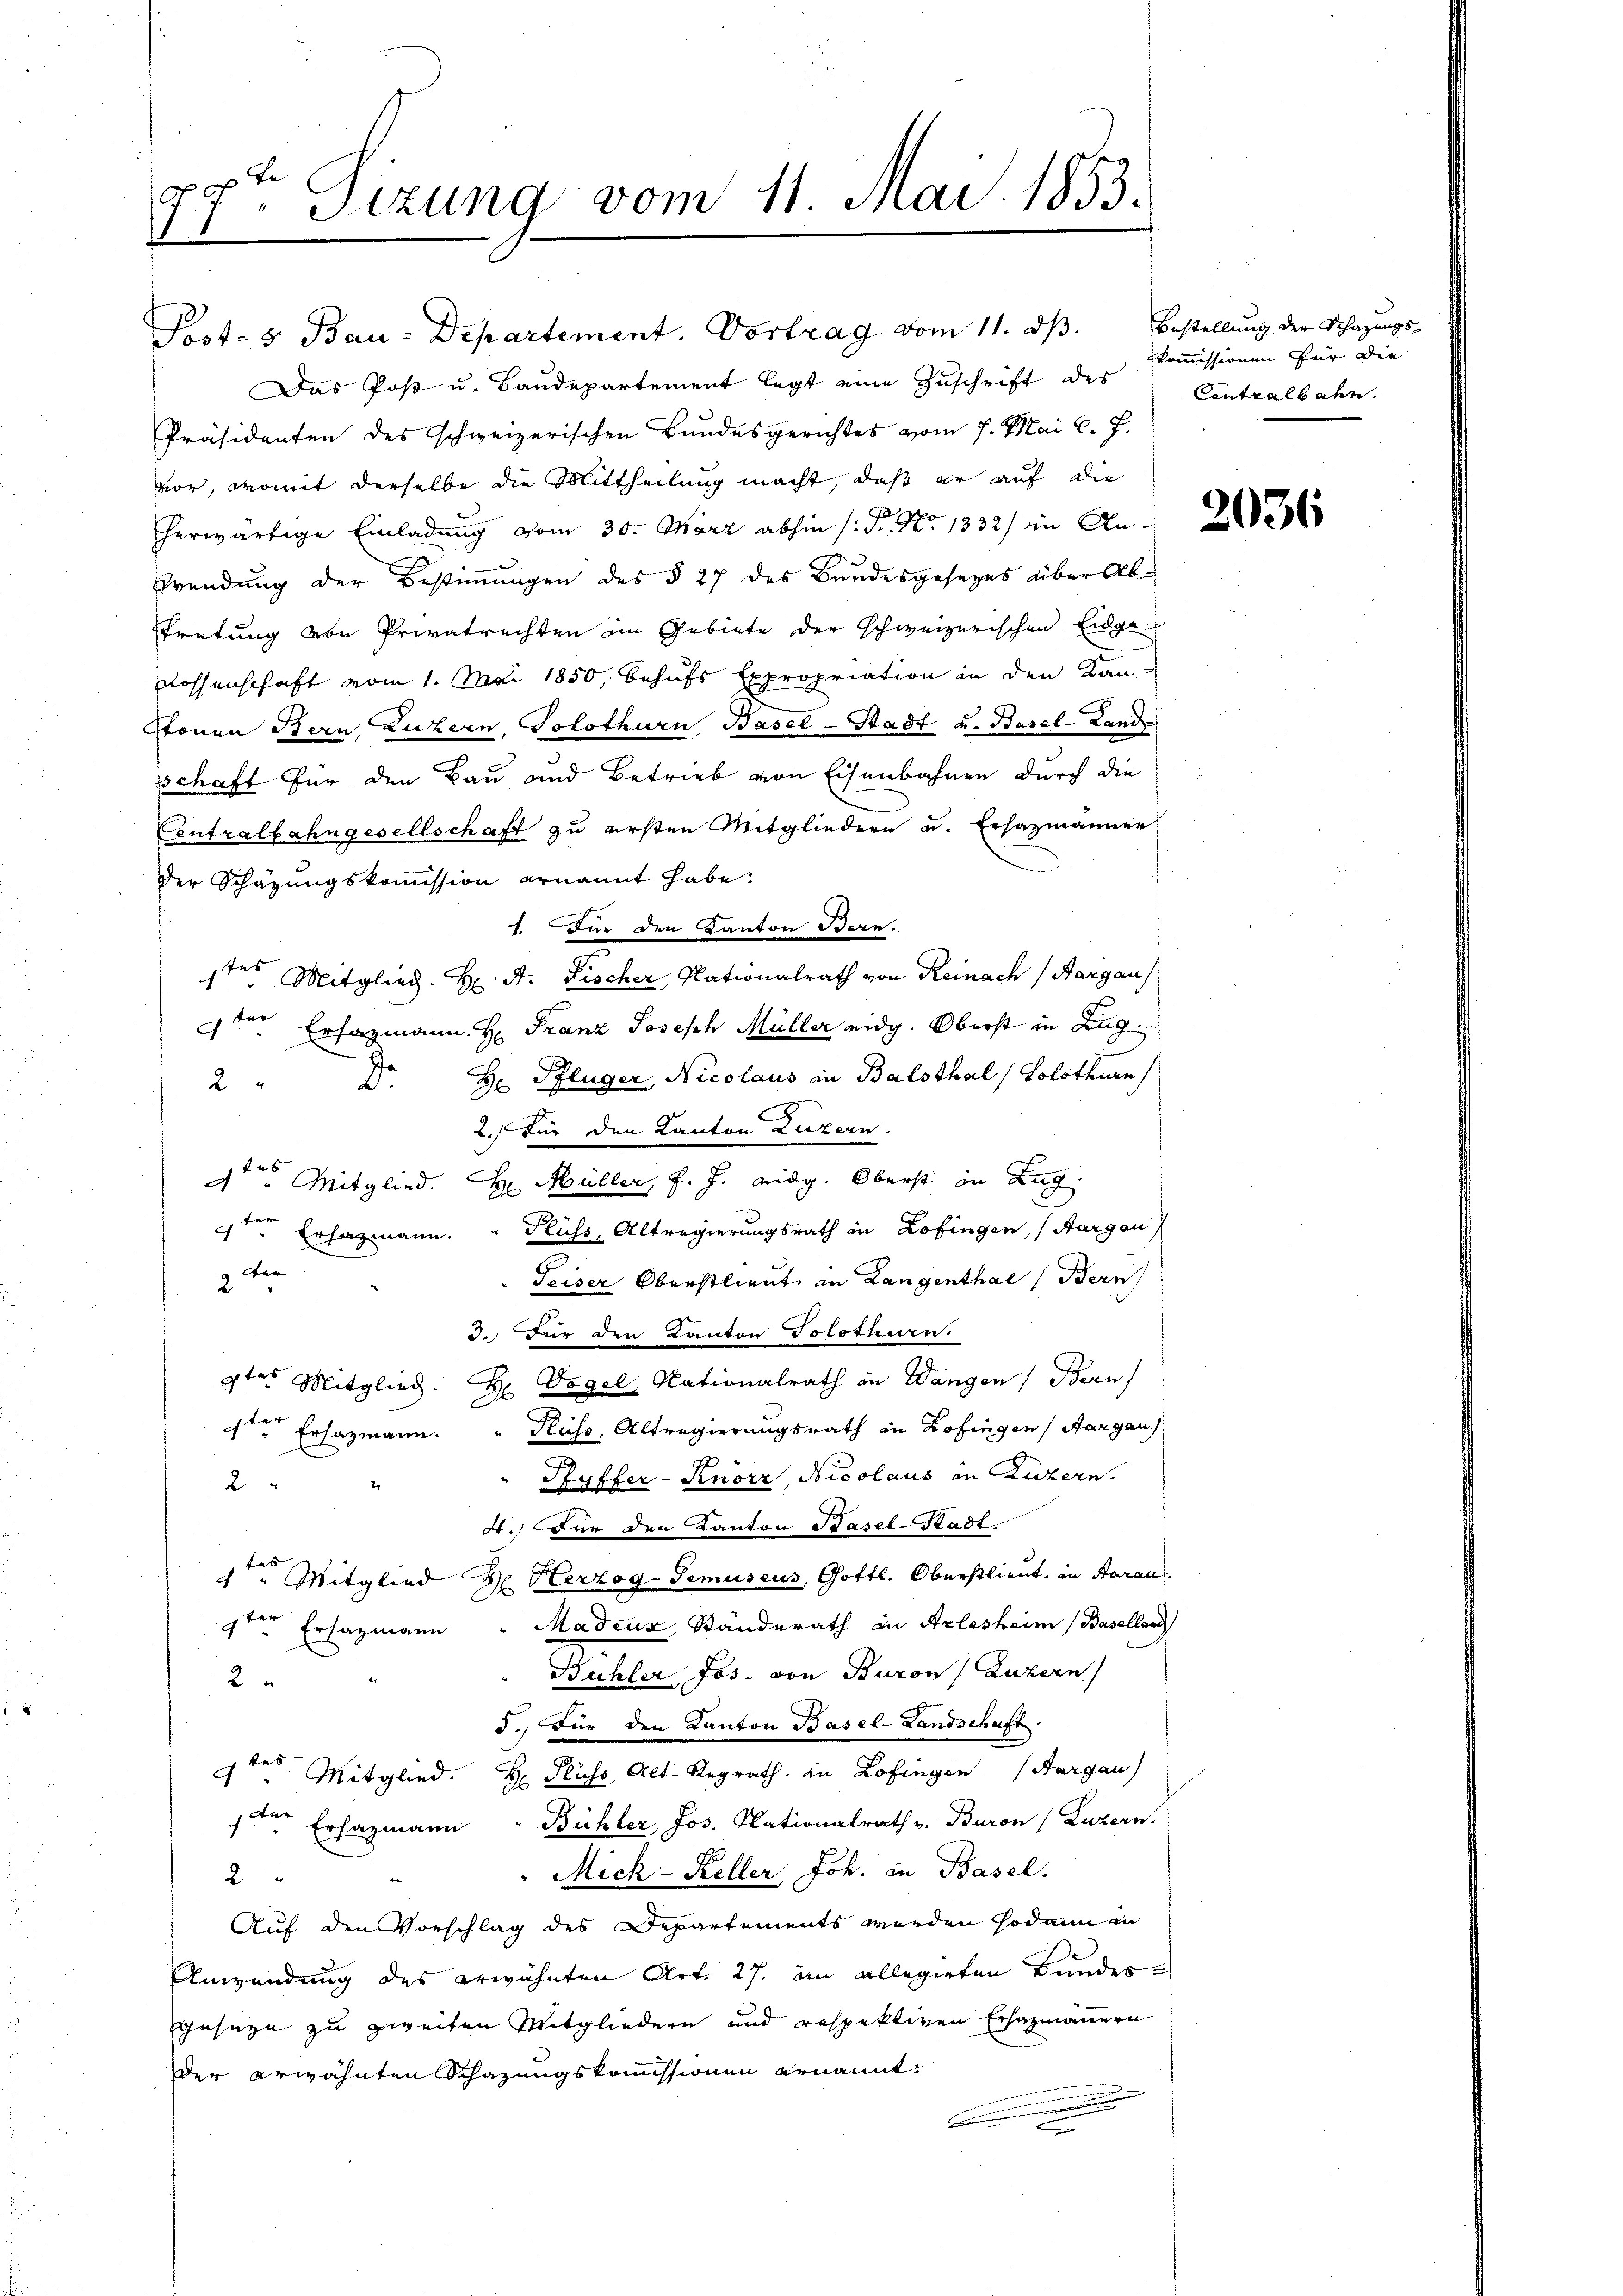
Sizung vom 11. Mai 1853.
7.
1
7

Post- & Bau-Departement. Vortrag vom 11. dß. Bestellung der Schazungs¬
Das Post u. Baudepartement legt eine Zuschrift des
Präsidenten des schweizerischen Bundesgerichtes vom 7. Mai l. J.
vor, womit derselbe die Mittheilung macht, daß er auf die
herwärtige Einladung vom 30. März abhin (: St. No 1332) in An¬
Brendung der Bestiṁŭngen des § 27 des Bandesgesezes über Ab¬
Eretung von Privatrechten im Gebiete der schweizerischen Eidge-
Rossenschaft vom 1. Mai 1850, behufs Expropriation in den Kan-
Stonen Bern Luzern, Solothurn Basel-Stadt u. Basel-Land
sschaft für den Bau und Betrieb von Eisenbahnen durch die
Centralbahngesellschaft zu ersten Mitgliedern u. Erhazmänner
der Schätzungskommission ernannt habe.
1. Für den Kanton Bern.
stes Mitglied. H. A. Fischer, Nationalrath von Reinach (Aargau)
4ten Erfagmann. H. Franz Joseph Müller eidg. Oberst in Zug
Pflüger, Nicolaus in Balsthal, Solothurn
J
2
2. für den Kanton Luzern.
f
Müller, J. J. eidg. Oberst in Zug,
A " Mitglied.
H
ten
Fluss, Altregierungsrath in Zofingen, (Aargau
4ten Erfagmann.
g. Ver
Teiser Oberstlieut, an Langenthal (Bern,
3.) Für den Kanton Solothurn.
3tes Mitglied. H. Vogel, Nationalrath in Wangen Bern
Kuss, Altregierungsrath in Zofingen, Aargau
4ten Ersazmann.
Ryffer-Knorr, Nicolaus in Luzern.
2
2
4.) Für den Kanton Basel-Stadt.
Herzog-Temuseus, Gottl. Oberstlieut. in Saran
4ten Mitglied |
Madeux, Standerath in Arlesheim (Basellar
9ter Ersazmann
Bühler Jos. von Buron Luzern
2
d.) Für den Kanton Basel-Landschaft
das
4 " Mitglied. H. Fluss, Alt-Regrath in Zofingen (Aargau)
der
Bühler, Jos. Nationalrath v. Baron (Luzern.
Ersazmann
Mick - Keller, Joh. in Basel.
2
Auf den Vorschlag des Departements werden sodann in
Anwendung des erwähnten Art. 27. im allegirten Bundesgesage zu zweiten Mitgliedern und respektiven Erhazmännern
der erwähnten Schazungskomissionen ernannt,
E
u

kkommissionen für die
Centralbahn.

2036